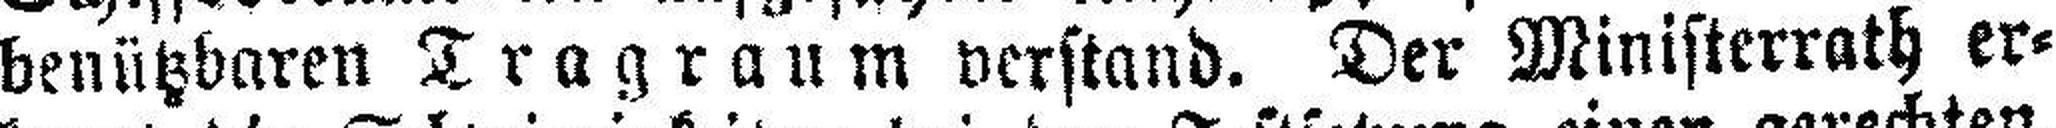
benützbaren Tragraum verstand. Der Ministerrath er¬